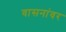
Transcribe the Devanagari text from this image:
वासनांवर